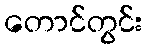
တောင်တွင်း